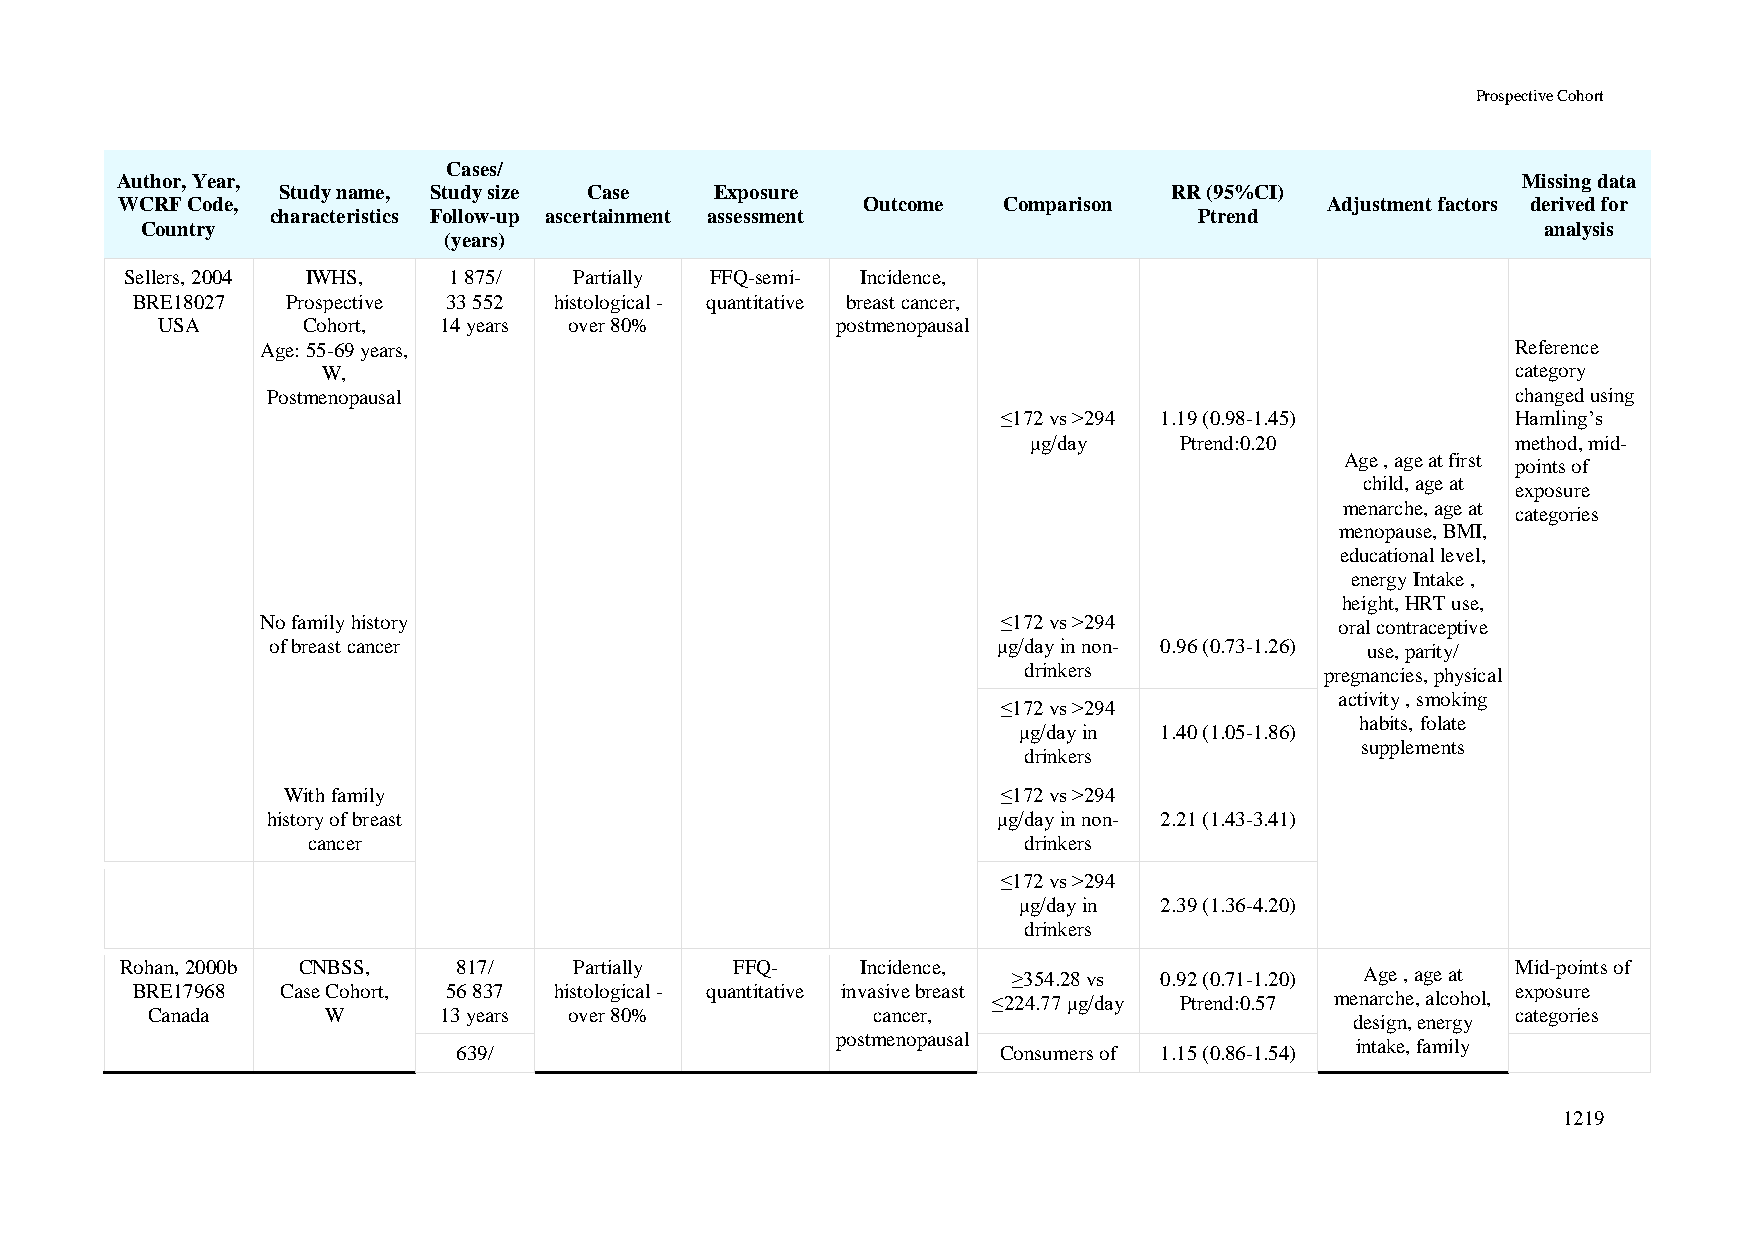
Prospective Cohort
 Cases/
 Author, Year,                                                                                Missing data
 Study name, Study size Case  Exposure                       RR (95%CI)
 WCRF Code,                                       Outcome  Comparison            Adjustment factors derived for
 characteristics Follow-up ascertainment assessment           Ptrend
 Country                                                                                      analysis
 (years)
 Sellers, 2004 IWHS,   1 875/  Partially FFQ-semi- Incidence,
 BRE18027  Prospective 33 552 histological - quantitative breast cancer,
 USA       Cohort,  14 years over 80%         postmenopausal
 Age: 55-69 years,                                                                  Reference
 W,                                                                             category
 Postmenopausal                                                                    changed using
 ≤172 vs >294 1.19 (0.98-1.45)     Hamling’s
 μg/day    Ptrend:0.20           method, mid-
 Age , age at first
 points of
 child, age at
 exposure
 menarche, age at
 categories
 menopause, BMI,
 educational level,
 energy Intake ,
 height, HRT use,
 No family history                                ≤172 vs >294           oral contraceptive
 of breast cancer                                μg/day in non- 0.96 (0.73-1.26) use, parity/
 drinkers            pregnancies, physical
 activity , smoking
 ≤172 vs >294
 habits, folate
 μg/day in 1.40 (1.05-1.86)
 supplements
 drinkers
 With family                                    ≤172 vs >294
 history of breast                               μg/day in non- 2.21 (1.43-3.41)
 cancer                                          drinkers
 ≤172 vs >294
 μg/day in 2.39 (1.36-4.20)
 drinkers
 Rohan, 2000b CNBSS,   817/    Partially  FFQ-    Incidence,                                 Mid-points of
 ≥354.28 vs 0.92 (0.71-1.20) Age , age at
 BRE17968  Case Cohort, 56 837 histological - quantitative invasive breast                  exposure
 ≤224.77 μg/day Ptrend:0.57 menarche, alcohol,
 Canada     W       13 years over 80%            cancer,                                   categories
 design, energy
 postmenopausal
 intake, family
 639/                                Consumers of 1.15 (0.86-1.54)
 1219